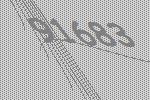
91683